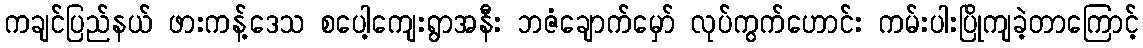
ကချင်ပြည်နယ် ဖားကန့်ဒေသ စပေါ့ကျေးရွာအနီး ဘဇံချောက်မှော် လုပ်ကွက်ဟောင်း ကမ်းပါးပြိုကျခဲ့တာကြောင့်